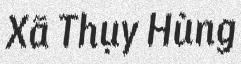
Xã Thụy Hùng